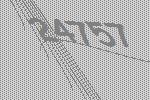
24757